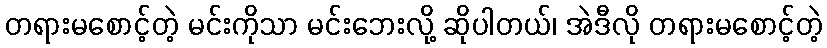
တရားမစောင့်တဲ့ မင်းကိုသာ မင်းဘေးလို့ ဆိုပါတယ်၊ အဲဒီလို တရားမစောင့်တဲ့